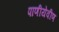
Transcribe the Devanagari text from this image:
पाणीयेवीण